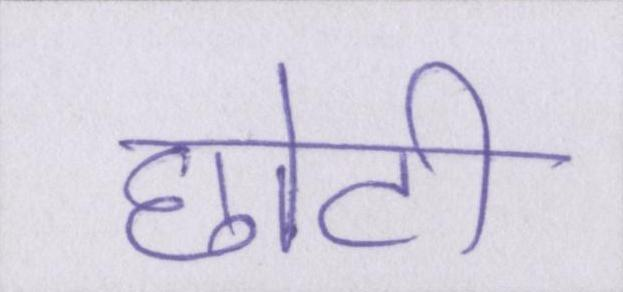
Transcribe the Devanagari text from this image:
छोटी